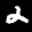
Label: 2